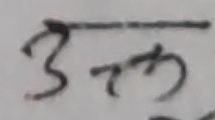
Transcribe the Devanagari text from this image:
3 रु